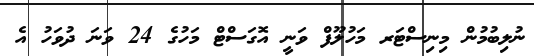
ނުލިބުމުން މިނިސްޓަރ މަހުލޫފް ވަނީ އޮގަސްޓް މަހުގެ 24 ވަނަ ދުވަހު އެ